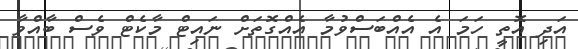
އަދި އޮތީ ހަމަ އެ އެއްބަސްވުމާ އެއްގޮތަށް ނައިޓް މާކެޓް ވެސް ބާއްވާ